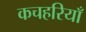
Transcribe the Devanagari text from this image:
कचहरियाँ